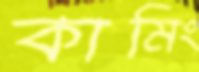
কামিং